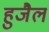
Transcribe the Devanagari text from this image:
हुजैल